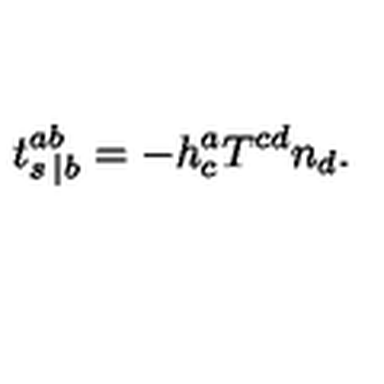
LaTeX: t _ { s \: | b } ^ { a b } = - h _ { c } ^ { a } T ^ { c d } n _ { d } .